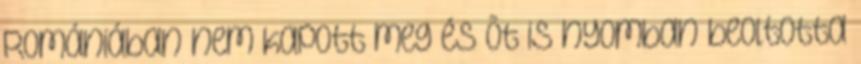
Romániában nem kapott meg és õt is nyomban beoltotta